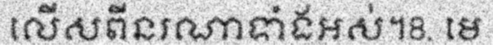
លើសពីនរណាទាំងអស់។8. មេ